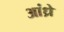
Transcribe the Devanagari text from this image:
आंध्रे